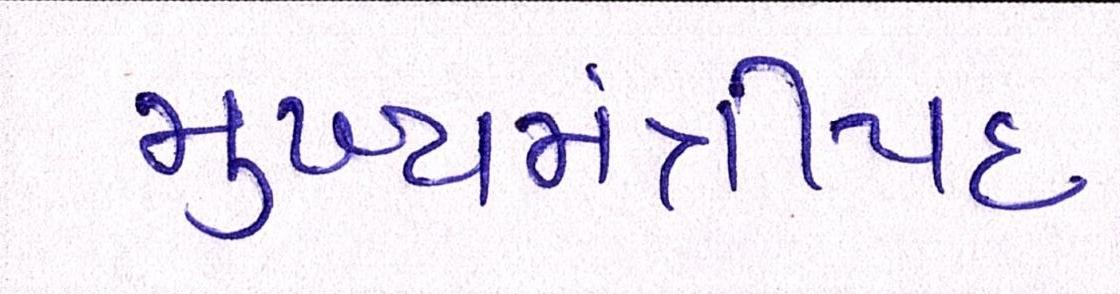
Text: મુખ્યમંત્રીપદ